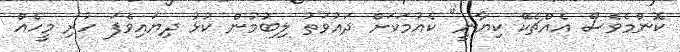
ކޮންމެވެސް އެއްޗެކޭ ކިޔާނީ" ކެއުމަކަށް ދައުވަތު ލިބުމުން ކުޅު ދިޔައިވެފަ ހުރި މީހެއް